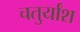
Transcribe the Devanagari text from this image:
चतुर्यांश